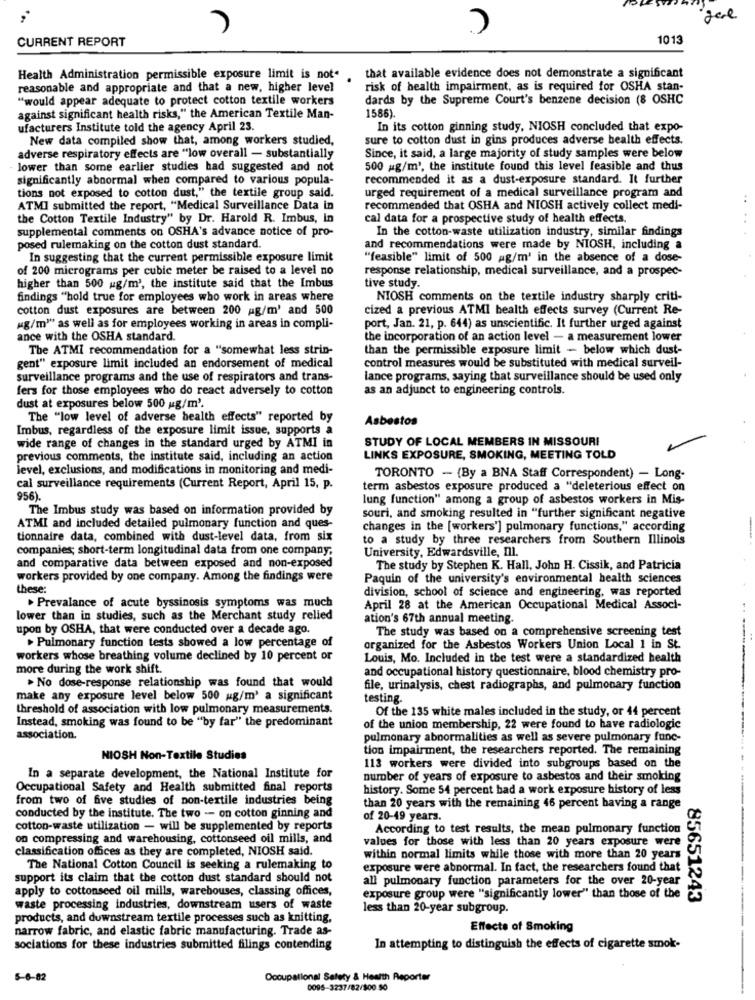
CURRENT REPORT
1013
Health Administration permissible exposure limit is note that available evidence does not demonstrate a significant
reasonable and appropriate and that a new, higher level
risk of health impairment, as is required for OSHA stan-
"would appear adequate to protect cotton textile workers
dards by the Supreme Court's benzene decision (8 OSHC
1586)
against significant health risks," the American Textile Man-
ufacturers Institute told the agency April 23.
In its cotton ginning study, NIOSH concluded that expo-
New data compiled show that, among workers studied,
sure to cotton dust in gins produces adverse health effects.
adverse respiratory effects are "low overall - substantially
Since, it said, a large majority of study samples were below
lower than some earlier studies had suggested and not
500 g/m3, the institute found this level feasible and thus
significantly abnormal when compared to various popula-
recommended it as a dust-exposure standard. It further
tions not exposed to cotton dust," the textile group said.
urged requirement of a medical surveillance program and
ATMI submitted the report, "Medical Surveillance Data in
recommended that OSHA and NIOSH actively collect medi-
the Cotton Textile Industry" by Dr. Harold R. Imbus, In
cal data for a prospective study of health effects.
supplemental comments on OSHA's advance notice of pro-
In the cotton-waste utilization industry, similar findings
posed rulemaking on the cotton dust standard.
and recommendations were made by NIOSH, including a
In suggesting that the current permissible exposure limit
"feasible" limit of 500 ag/m' in the absence of a dose-
of 200 micrograms per cubic meter be raised to a level no
response relationship, medical surveillance, and a prospec-
higher than 500 ug/m', the institute said that the Imbus
tive study.
findings "hold true for employees who work in areas where
NIOSH comments on the textile industry sharply criti-
cotton dust exposures are between 200 ag/m' and 500
cized a previous ATMI health effects survey (Current Re-
Mg/m" as well as for employees working in areas in compli-
port, Jan. 21, p. 644) as unscientific. It further urged against
ance with the OSHA standard.
the incorporation of an action level - a measurement lower
The ATMI recommendation for a "somewhat less strin-
than the permissible exposure limit - below which dust-
gent" exposure limit included an endorsement of medical
control measures would be substituted with medical surveil-
surveillance programs and the use of respirators and trans-
lance programs, saying that surveillance should be used only
fers for those employees who do react adversely to cotton
as an adjunct to engineering controls.
dust at exposures below 500 ug/m'.
The "low level of adverse health effects" reported by
Asbestos
Imbus, regardless of the exposure limit issue, supports a
STUDY OF LOCAL MEMBERS IN MISSOURI
wide range of changes in the standard urged by ATMI in
previous comments, the institute said, including an action
LINKS EXPOSURE, SMOKING, MEETING TOLD
level, exclusions, and modifications in monitoring and medi-
TORONTO - (By a BNA Staff Correspondent) - Long-
cal surveillance requirements (Current Report, April 15, p.
term asbestos exposure produced a "deleterious effect on
956).
lung function" among a group of asbestos workers in Mis-
The Imbus study was based on information provided by
souri, and smoking resulted in "further significant negative
ATMI and included detailed pulmonary function and ques-
changes in the [workers'] pulmonary functions," according
tionnaire data, combined with dust-level data, from six
to a study by three researchers from Southern Illinois
companies; short-term longitudinal data from one company.
University, Edwardsville, Il.
and comparative data between exposed and non-exposed
The study by Stephen K. Hall, John H. Cissik, and Patricia
workers provided by one company. Among the findings were
Paquin of the university's environmental health sciences
these:
division, school of science and engineering, was reported
Prevalance of acute byssinosis symptoms was much
April 28 at the American Occupational Medical Associ-
lower than in studies, such as the Merchant study relied
ation's 67th annual meeting.
upon by OSHA, that were conducted over a decade ago.
The study was based on a comprehensive screening test
> Pulmonary function tests showed a low percentage of
organized for the Asbestos Workers Union Local 1 in St.
workers whose breathing volume declined by 10 percent or
Louis, Mo. Included in the test were a standardized health
more during the work shift.
and occupational history questionnaire, blood chemistry pro-
> No dose-response relationship was found that would
file, urinalysis, chest radiographs, and pulmonary function
make any exposure level below 500 g/m3 a significant
testing.
threshold of association with low pulmonary measurements.
Of the 135 white males included in the study, or 44 percent
Instead, smoking was found to be "by far" the predominant
of the union membership, 22 were found to have radiologic
association.
pulmonary abnormalities as well as severe pulmonary func-
tion impairment, the researchers reported. The remaining
NIOSH Non-Textile Studies
113 workers were divided into subgroups based on the
In a separate development, the National Institute for
number of years of exposure to asbestos and their smoking
Occupational Safety and Health submitted final reports
history. Some 54 percent bad a work exposure history of less
from two of five studies of non-textile industries being
than 20 years with the remaining 46 percent having a range
conducted by the institute. The two - on cotton ginning and
of 20-49 years.
cotton-waste utilization - will be supplemented by reports
According to test results, the mean pulmonary function
on compressing and warehousing, cottonseed oil mills, and
values for those with less than 20 years exposure were
classification offices as they are completed, NIOSH said.
within normal limits while those with more than 20 years
The National Cotton Council is seeking a rulemaking to
exposure were abnormal. In fact, the researchers found that
support its claim that the cotton dust standard should not
all pulmonary function parameters for the over 20-year
apply to cottonseed oil mills, warehouses, classing offices,
exposure group were "significantly lower" than those of the
855383
85651243
waste processing industries, downstream users of waste
less than 20-year subgroup.
products, and downstream textile processes such as knitting.
narrow fabric, and elastic fabric manufacturing. Trade as-
Effects of Smoking
sociations for these industries submitted filings contending
In attempting to distinguish the effects of cigarette smok-
5-6-82
Occupational Safety & Health Reporter
0095-3237/82/800 50